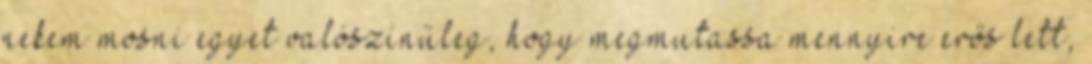
nekem mosni egyet valószínűleg, hogy megmutassa mennyire erős lett,